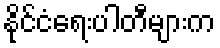
နိုင်ငံရေးပါတီများက